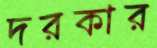
দরকার